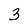
Character: 3